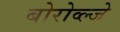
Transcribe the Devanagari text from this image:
बोरोव्ल्जे